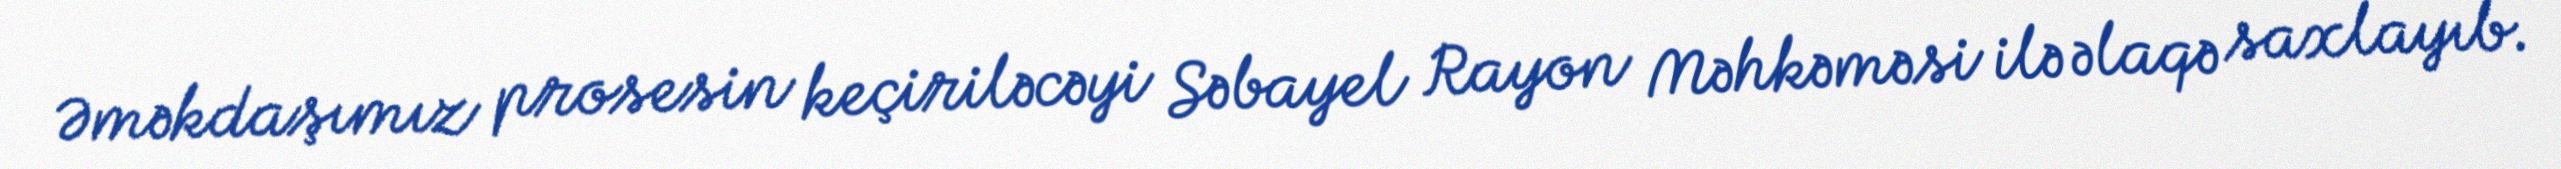
Əməkdaşımız prosesin keçiriləcəyi Səbayel Rayon Məhkəməsi ilə əlaqə saxlayıb.